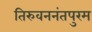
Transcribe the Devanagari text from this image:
तिरुवननंतपुरम